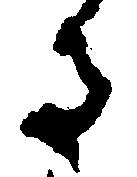
る